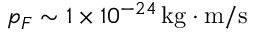
p _ { F } \sim 1 \times 1 0 ^ { - 2 4 } \, \mathrm { k g \cdot m / s }